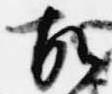
故